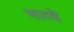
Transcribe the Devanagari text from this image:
भाव्ये